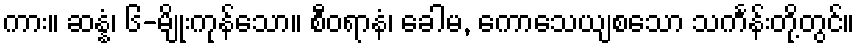
ကား။ ဆန္နံ၊ ၆-မျိုးကုန်သော။ စီဝရာနံ၊ ခေါမ, ကောသေယျစသော သင်္ကန်းတို့တွင်။